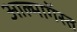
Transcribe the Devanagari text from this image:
आल्मागॅस्त